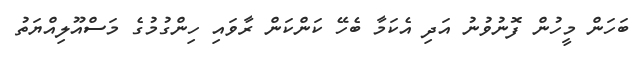
ބަހަން މީހުން ފޮނުވުނު އަދި އެކަމާ ބެހޭ ކަންކަން ރާވައި ހިންގުމުގެ މަސްއޫލިއްޔަތު